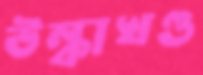
উল্কাখণ্ড